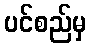
ပင်စည်မှ